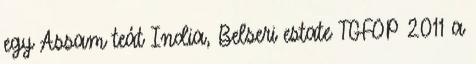
egy Assam teát India, Belseri estate TGFOP 2011 a